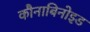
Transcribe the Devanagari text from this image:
कौनाबिनोइड